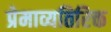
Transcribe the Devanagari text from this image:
प्रेमाव्यतिरिक्त